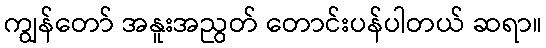
ကျွန်တော် အနူးအညွတ် တောင်းပန်ပါတယ် ဆရာ။